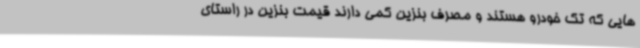
هایی که تک خودرو هستند و مصرف بنزین کمی دارند قیمت بنزین در راستای